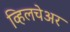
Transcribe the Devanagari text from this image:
व्हिलचेअर